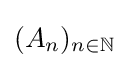
(A_{n})_{n\in \mathbb {N} }